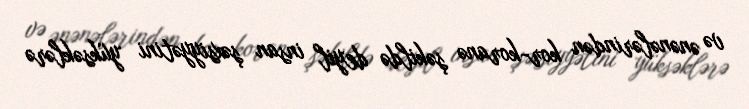
və ənənələrindən kor-koranə şəkildə deyil insan şəxsiyyətini yüksəklərə